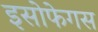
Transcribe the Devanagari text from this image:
इसोफेगस